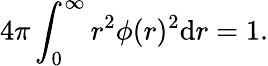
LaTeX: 4\pi\int_{0}^{\infty}r^{2}\phi(r)^{2}\mathrm{d}r=1.